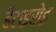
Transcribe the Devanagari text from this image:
हेटाइरोइ